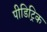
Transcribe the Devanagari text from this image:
पीडिट्रिक